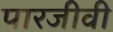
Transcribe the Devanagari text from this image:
पारजीवी